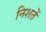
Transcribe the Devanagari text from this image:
निशतें